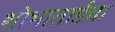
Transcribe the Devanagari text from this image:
शोभाताईंचा